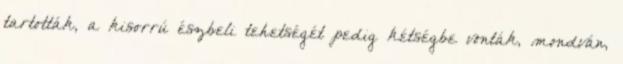
tartották, a kisorrú észbeli tehetségét pedig kétségbe vonták, mondván,